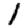
Digit: 1